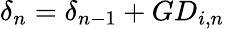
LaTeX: \delta_{n}=\delta_{n-1}+GD_{i,n}